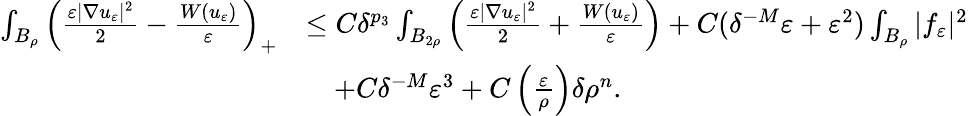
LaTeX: \begin{array}{rl}{\int_{B_{\rho}}\left(\frac{\varepsilon|\nabla u_{\varepsilon}|^{2}}{2}-\frac{W(u_{\varepsilon})}{\varepsilon}\right)_{+}}&{\leq C\delta^{p_{3}}\int_{B_{2\rho}}\left(\frac{\varepsilon|\nabla u_{\varepsilon}|^{2}}{2}+\frac{W(u_{\varepsilon})}{\varepsilon}\right)+C(\delta^{-M}\varepsilon+\varepsilon^{2})\int_{B_{\rho}}|f_{\varepsilon}|^{2}}\\ &{\quad+C\delta^{-M}\varepsilon^{3}+C\left(\frac{\varepsilon}{\rho}\right)\delta\rho^{n}.}\end{array}